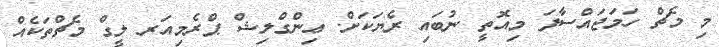
މި މެޗް ހަމަޖައްސާފަ މިއޮތީ ނުބައި ރެޔަކަށް. ޢިންގްލިޝް ޕްރެމިއަރ ލީގް މެޗްތަކެއް